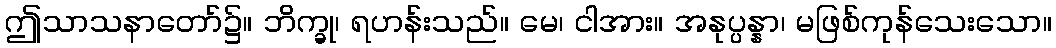
ဤသာသနာတော်၌။ ဘိက္ခု၊ ရဟန်းသည်။ မေ၊ ငါအား။ အနုပ္ပန္နာ၊ မဖြစ်ကုန်သေးသော။